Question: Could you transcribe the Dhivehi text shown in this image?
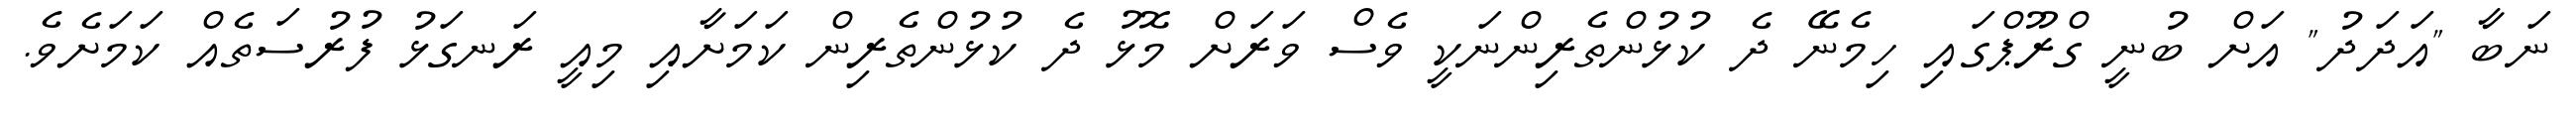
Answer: ނަބާ "އަދަދު" އަށް ބުނީ ގްރޫޕްގައި ހިމެނޭ ދެ ކުޅުންތެރިންނަކީ ވެސް ވަރަށް މޮޅު ދެ ކުޅުންތެރިން ކަމަށާއި މިއީ ރަނގަޅު ފުރުސަތެއް ކަމަށެވެ.